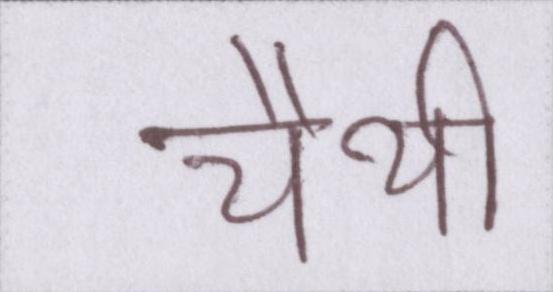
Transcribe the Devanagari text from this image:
चैथी